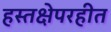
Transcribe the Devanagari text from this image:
हस्तक्षेपरहीत